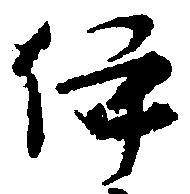
伊